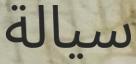
سيالة